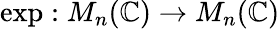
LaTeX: \exp:M_{n}(\mathbb{C})\to M_{n}(\mathbb{C})